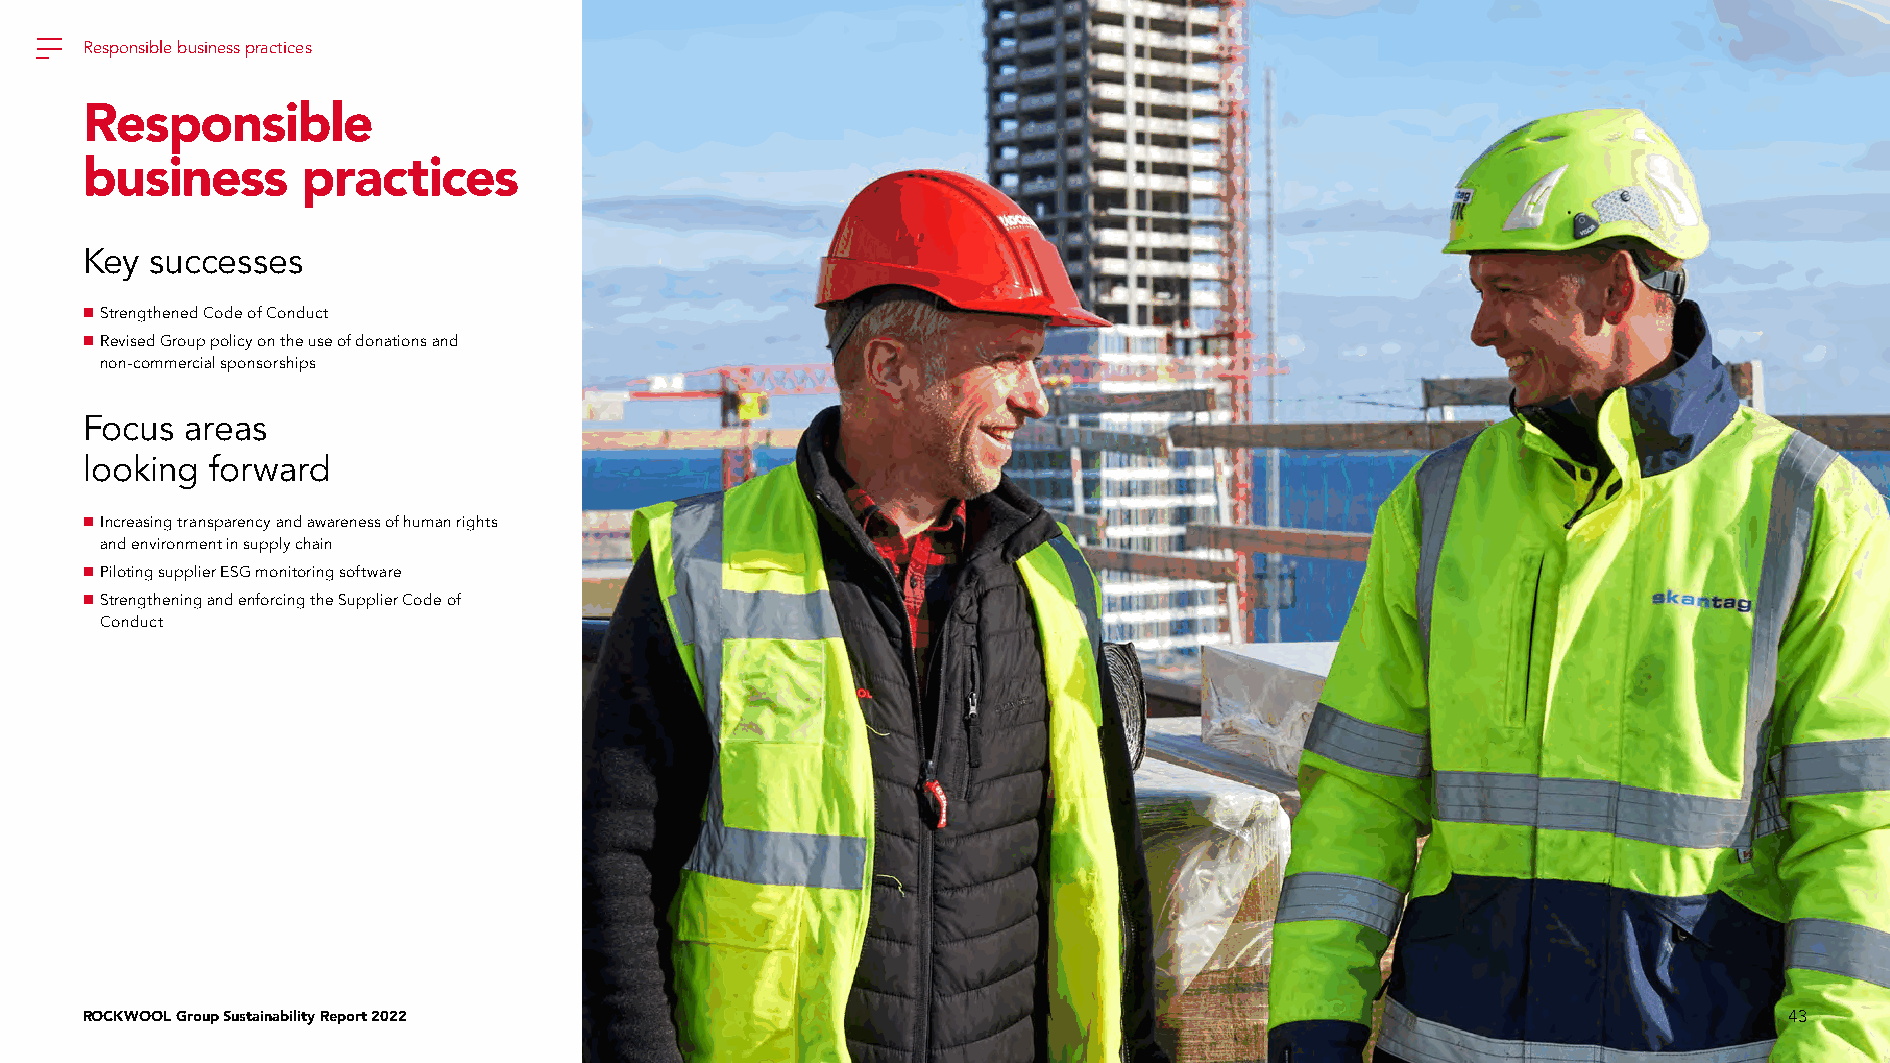
Responsible business practices
 Responsible
 business       practices
 Key  successes
  Strengthened Code of Conduct
  Revised Group policy on the use of donations and
 non-commercial sponsorships
 Focus  areas
 looking  forward
  Increasing transparency and awareness of human rights
 and environment in supply chain
  Piloting supplier ESG monitoring software
  Strengthening and enforcing the Supplier Code of
 Conduct
 ROCKWOOL Group Sustainability Report 2022                                                                        43